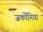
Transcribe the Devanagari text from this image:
जर्कोनिया